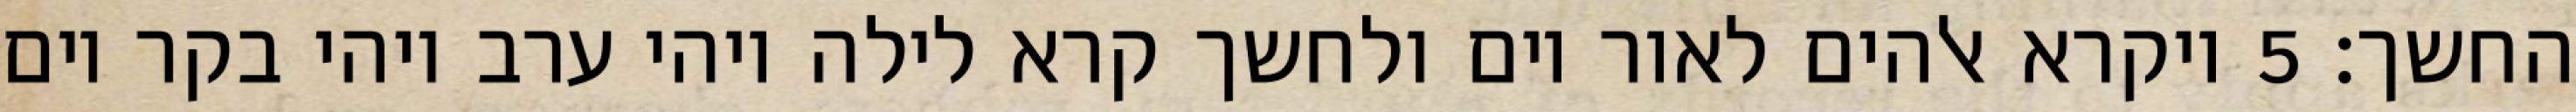
החשך׃ ‎5‏ ויקרא אלהים לאור יום ולחשך קרא לילה ויהי ערב ויהי בקר יום